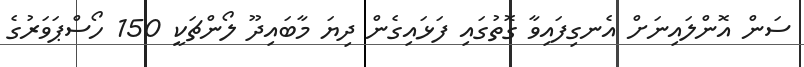
ސަން އޮންލައިނަށް އެނގިފައިވާ ގޮތުގައި ފަޅައިގެން ދިޔަ މާބައިދޫ ލޯންޗަކީ 150 ހޯސްޕަވަރުގެ